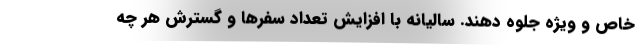
خاص و ویژه جلوه دهند. سالیانه با افزایش تعداد سفرها و گسترش هر چه